Report of the veterinary officer investigating camel disease
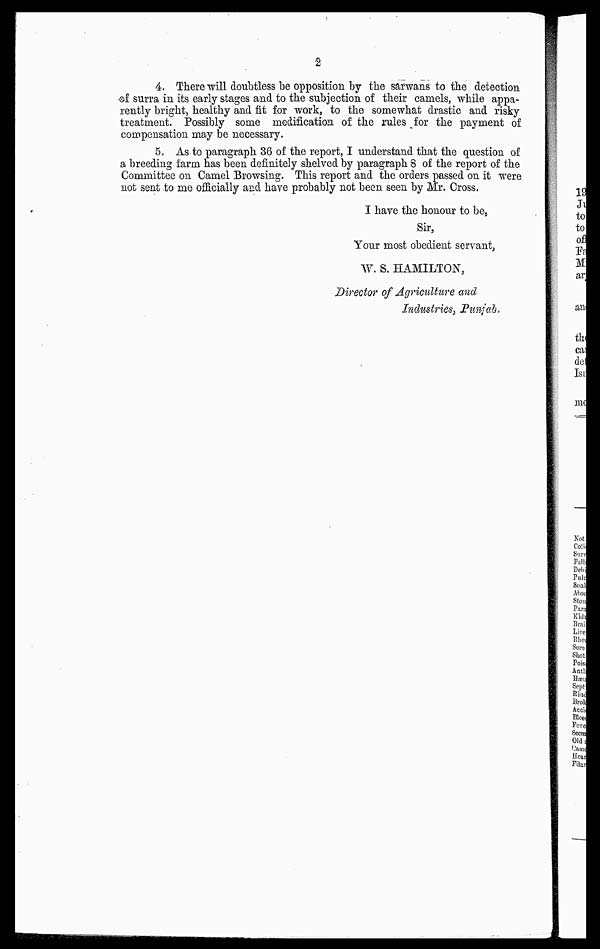
4, There will doubtless be opposition by the sarwans to the detection
of surra in its early stages and to the subjection of their camels, while appa-
rently bright, healthy and fit for work, to the somewhat drastic and risky
treatment. Possibly some modification of the rules for the payment of
compensation may be necessary.
5. As to paragraph 36 of the report, I understand that the question of
a breeding farm has been definitely shelved by paragraph 8 of the report of the
Committee on Camel Browsing. This report and the orders passed on it were
not sent to me officially and have probably not been seen by Mr. Cross.
I have the honour to be,
Sir,
Your most obedient servant,
W. S. HAMILTON,
Director of Agriculture and
Industries, Punjab.